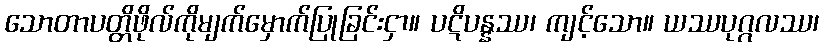
သောတာပတ္တိဖိုလ်ကိုမျက်မှောက်ပြုခြင်းငှာ။ ပဋိပန္နဿ၊ ကျင့်သော။ ယဿပုဂ္ဂလဿ၊